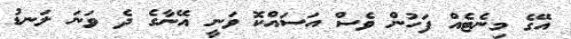
އޭގެ މިނެޓެއް ފަހުން ވެސް އަސައްކޮ ވަނީ އޭނާގެ ދެ ވަނަ ލަނޑު